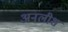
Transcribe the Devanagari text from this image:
अनलीश